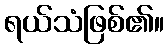
ရယ်သံဖြစ်၏။